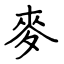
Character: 麥